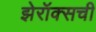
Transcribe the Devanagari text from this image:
झेरॉक्सची